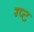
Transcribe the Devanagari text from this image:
ग्प्ट